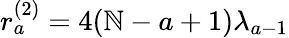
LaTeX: r_{a}^{(2)}=4(\mathbb{N}-a+1)\lambda_{a-1}